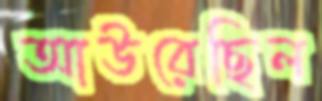
আউরেছিল